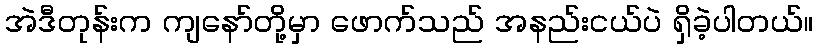
အဲဒီတုန်းက ကျနော်တို့မှာ ဖောက်သည် အနည်းငယ်ပဲ ရှိခဲ့ပါတယ်။